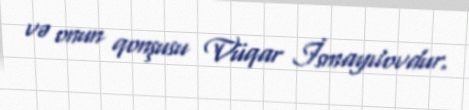
və onun qonşusu Vüqar İsmayılovdur.